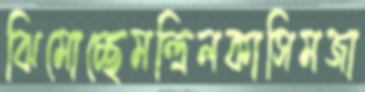
ঝিমোচ্ছেমন্দ্রিলকাসিমজা